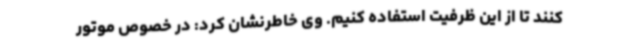
کنند تا از این ظرفیت استفاده کنیم. وی خاطرنشان کرد: در خصوص موتور